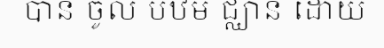
បាន ចូល បឋម ជ្ឈាន ដោយ